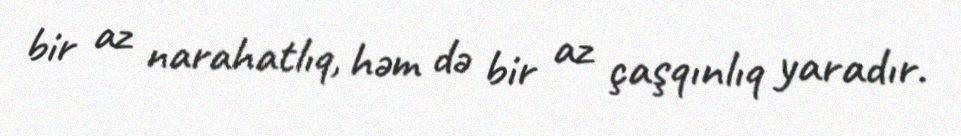
bir az narahatlıq, həm də bir az çaşqınlıq yaradır.